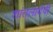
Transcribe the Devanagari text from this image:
शांतलादेवी